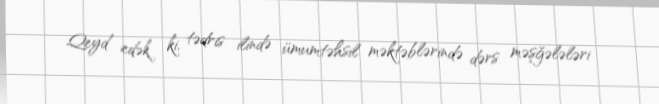
Qeyd edək ki, tədris ilində ümumtəhsil məktəblərində dərs məşğələləri